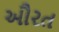
ઔરત